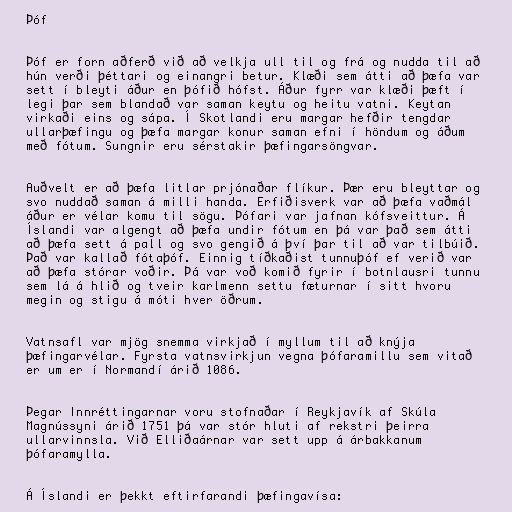
Þóf

Þóf er forn aðferð við að velkja ull til og frá og nudda til að
hún verði þéttari og einangri betur. Klæði sem átti að þæfa var
sett í bleyti áður en þófið hófst. Áður fyrr var klæði þæft í
legi þar sem blandað var saman keytu og heitu vatni. Keytan
virkaði eins og sápa. Í Skotlandi eru margar hefðir tengdar
ullarþæfingu og þæfa margar konur saman efni í höndum og áðum
með fótum. Sungnir eru sérstakir þæfingarsöngvar.

Auðvelt er að þæfa litlar prjónaðar flíkur. Þær eru bleyttar og
svo nuddað saman á milli handa. Erfiðisverk var að þæfa vaðmál
áður er vélar komu til sögu. Þófari var jafnan kófsveittur. Á
Íslandi var algengt að þæfa undir fótum en þá var það sem átti
að þæfa sett á pall og svo gengið á því þar til að var tilbúið.
Það var kallað fótaþóf. Einnig tíðkaðist tunnuþóf ef verið var
að þæfa stórar voðir. Þá var voð komið fyrir í botnlausri tunnu
sem lá á hlið og tveir karlmenn settu fæturnar í sitt hvoru
megin og stigu á móti hver öðrum.

Vatnsafl var mjög snemma virkjað í myllum til að knýja
þæfingarvélar. Fyrsta vatnsvirkjun vegna þófaramillu sem vitað
er um er í Normandí árið 1086.

Þegar Innréttingarnar voru stofnaðar í Reykjavík af Skúla
Magnússyni árið 1751 þá var stór hluti af rekstri þeirra
ullarvinnsla. Við Elliðaárnar var sett upp á árbakkanum
þófaramylla.

Á Íslandi er þekkt eftirfarandi þæfingavísa: